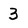
Character: 3